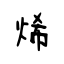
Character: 烯